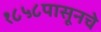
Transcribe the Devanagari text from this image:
१८५८पासूनचे